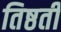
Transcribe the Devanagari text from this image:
तिष्ठती